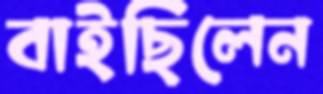
বাইছিলেন